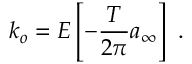
k _ { o } = E \left[ - \frac { T } { 2 \pi } a _ { \infty } \right] \ .